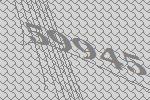
59945